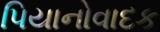
પિયાનોવાદક